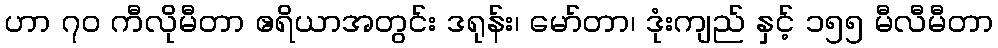
ဟာ ၇၀ ကီလိုမီတာ ဧရိယာအတွင်း ဒရုန်း၊ မော်တာ၊ ဒုံးကျည် နှင့် ၁၅၅ မီလီမီတာ